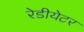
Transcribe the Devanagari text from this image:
रेडीयेटर